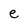
Character: e